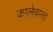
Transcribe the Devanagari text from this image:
कालेवाला